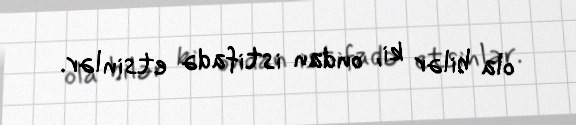
ola bilər ki, ondan istifadə etsinlər.